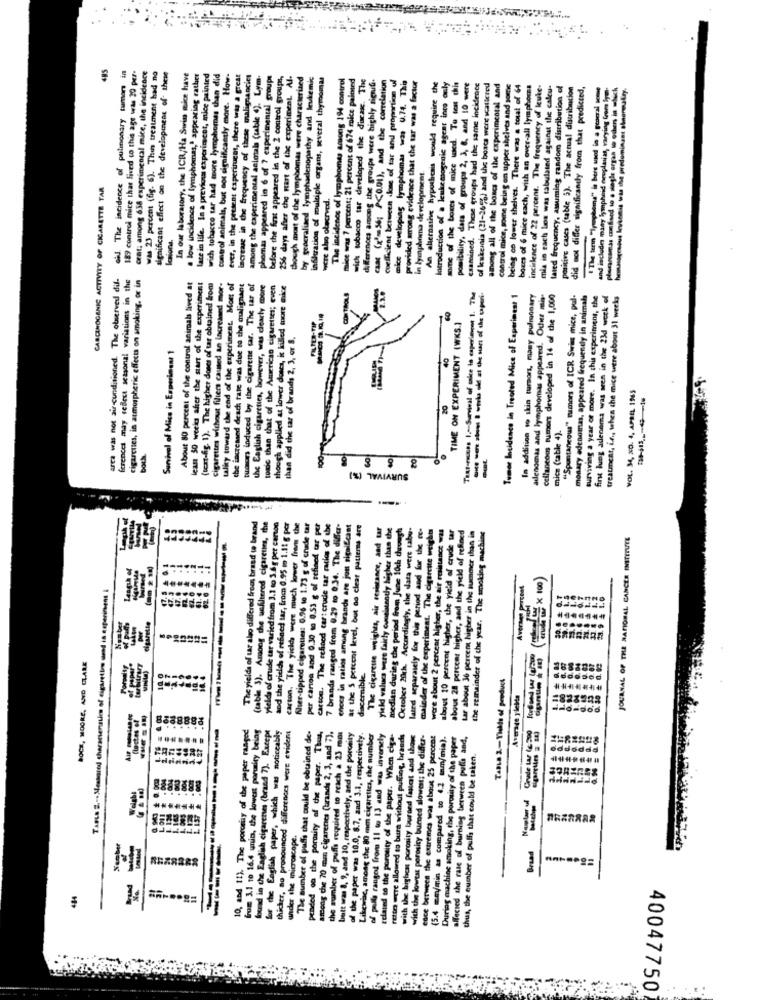
189 control mice that lived co this age was 20 per-
of The incidence of pulmonary tumors in
orat; among 638 experimental mice, the incidence
was 23 percent (6g. 6). This treatment had no
significant effect on the development of these
In our laboratory, the ICR/Ha Swim mice have
. low incidence of lymphomas," appearing rather
late in life. In a previous experimcot, mice painted
with tobacco tar had more lymphomes than did
control animals, but not significantly more. How-
ever, in the present experitucat, there was a great
increase in the frequency of these malignancies
among the experimental animals (table (). Lym.
phomas appeared in 6 of ? experimental groups
before the fast appeared in the 2 control groups,
256 days after the start of the experiment. Al.
though most of the lymphomas were characterized
by geacraliaed lymphadenopathy and leukemi
infiltration of multiple organs, several thymomas
The incidence of lymphomes among 194 control
e was 7 percent; 21 percent of 674 mice painted
wick tobacco tar developed the disease. The
as the groups were highly signif.
coefficient between dose of tar and proportion ul
provided wrong evidence that the tar was a factor
of kukenia (21-265%) and the boaca were scalicred
caac (x"-56; P<0.01), and the correlation
mice developing lymphomas was 0.74. This
An aliernathe hypothcais would require the
Introduction of a leukemogenic agent into only
name of the boxes of mice used. To test chis
omibility, data of groups 2, 3, 8, and 10 were
examined. These groups had the same incidence
among all of the bones of the experimental and
control mice, soene being an upper shelves and some
eing on lower shelves. There was a total of 64
boxes of 6 mice each, with an over-all lymphoma
incidence of 22 percent. The frequency of leuke.
mia in each box was tabulated against the calcu-
the calcu .
lared frequency, assuming random distribution of
positive cases (table 5). The actual distribution
did not differ significantly from that predicted,
" The term "Ipuphema" is bere used in a general some
masagosous levandis tris the predominant shnereutry.
and includes many lympheid neoplasias, varying log
in lymphoma development.
CARCINOGENIC ACTIVITY OF CIGARETTE TAR
were aho olecrved.
Icaions.
arca was not air-conditioned. The olserved dif-
ferences may reflect seasonal variations in the
cigarettes, in atmospheric effects on smoking, or in
{text-fig. 1). The higher doses of tar obtained from
About 80 percent of the control animals lived at
lean 50 weeks after the start of the experiment
cigarettes without filters caused an increased mor-
ulicy toward the end of the experiment. Most of
the increased death fate was due to the malignant
tumors induced by the cigarene tar. The war of
the English cigarettes, however, was clearly more
tomic than that of the American cigarettes; even
though applied at lower deses, i killed more mice
THAT-ross 1 .- Survival of calce to capriment 1. The
-- -- - ---
Tumor Incidence in Treated Mice of Experiment 1
In addition to skin tursont, many pulmonary
adenomas and lymphomas appeared. Odur mis-
cellaneoms tumors developed in 16 of the 1,000
"Spontaneous" rumors of ICR Swims mice, pul.
monary adenomas, appeared frequently in animals
surviving a year or more. In this experiment, the
first lung adenoma was seen in the 23d weck of
treatment, i.r ., when the mice were about 31 weeks
TIME ON EXPERIMENT (WKS.)
than did the tar of brands 2, 3, or S.
Survival of Mice in Experiment 1
40
-------
VOL. 34, NO. 4. APRIL 1965
20
mica (table 4).
SURVIVAL (%)
The yields of tar algo differed from brand te brand
(table 3). Among the uefiltered cigarettes, the
Nuer-tipped cigarettes: 0.96 to 1.73 g of cnadde tar
carton. The refined carterade tar rules of the
7 brands ranged from 0.29 to 0.34. The differ-
checs in ratios among brands are jon significant
at the 5 percent level, but no clear patterns are
The cigarette weights, air resistance, and tar
yield values were fairly consistently higher than the
medien during the period from June 10ch devesh
mainder of the experiment. The cigarette weights
were about 2 percent higher, the air resistance was
about 10 percent higher, the yield of crude tar
about 28 percent higher, and the yield of refined
and the yields of refined tar, from 0.95 m 1.11 g P
carton. The yield were much lower frans
October 20ch. Accordingly, the data were tabu
lated separately for this period and for the
tar about 36 percent higher in the summer than in
the remainder of the year. The smoking machine
JOURNAL OF THE NATIONAL CANCER INSTITUTE
per carton and 0.30 to 0.53 g of refined
yields of crude tar varied from 3.1 to 3.6 g p
Tagus 2 ... Messored characterssien of cigarettes send in esperincent I
Averses percent
8
cigarette
BOCK, MOORE, AND CLARE
discernible.
0.00
+ 0.07
TABLO 2-Yields of product
0.45 #
Average yichta
1.1
8588888
Gos 11 to 16.4 unis, the lowest porosity being
The number of puffs that could be obuined de.
pended on the porosity of che paper. Thus,
with the highest porosity burned fastcat and those
Crade tar (c 200
10, and 11). The porcrisy of the paper ranged
found in the English cigarenes (brand 7). Excep
for the English paper, which was noticeably
thicher, no pronounced differences were evidens
among the 70 mm cigarenes (urande 2, 3, and 7),
the number of puffs required to reach a 23 mot
bett was 8, 9, and 10, respectively, and the porosity
of the paper was 10.0, 8.7, and 3.1, respectively.
lewisc, among the 80 mm cigaretics, the number
of polls ranged from 11 @ 13 and was inversely
related to the porosity of the paper. When ciga-
rettes were allowed to bura without puffing, brands
with the lowest porosity burned slowest; the differ-
esce berween the extremes was about 25 percent
(5.4 mm/min as compared to 4.2 tam/mia).
During machine smoking, the porosity of the paper
affected the rase of burning berween pulls and.
berween pulls and.
thus, the number of puffs that could be taken.
...
-----
weder the microscope.
--
Brand
484
40047750